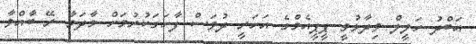
އަބްދު ހަލީލް ވިދާޅުވީ ޕީޕީއެމްގެ އަހަރީ ދުވަސް ފާހަގަކުރުމަށް މާދަމާ ރޭ ބާއްވާ